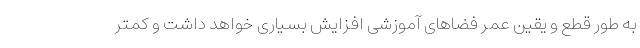
به طور قطع و یقین عمر فضاهای آموزشی افزایش بسیاری خواهد داشت و کمتر